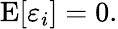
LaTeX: \operatorname{E}[\varepsilon_{i}]=0.